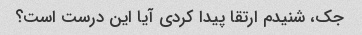
جک، شنیدم ارتقا پیدا کردی آیا این درست است؟